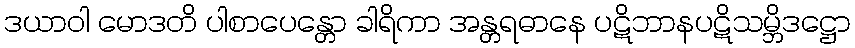
ဒယာဝါ မောဒတိ ပါစာပေန္တော ခါရိကာ အန္တရဓာနေ ပဋိဘာနပဋိသမ္ဘိဒဋ္ဌော